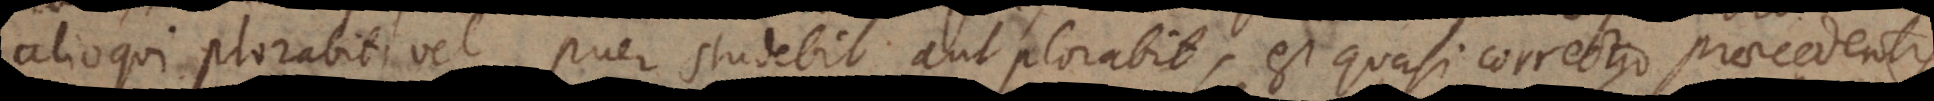
alioqui plorabit, vel puer studebit aut plorabit, est quasi correctio praecedentis